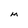
Character: M